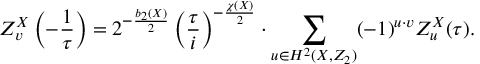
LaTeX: Z _ { v } ^ { X } \left( - \frac { 1 } { \tau } \right) = 2 ^ { - \frac { b _ { 2 } ( X ) } { 2 } } \left( \frac { \tau } { i } \right) ^ { - \frac { \chi ( X ) } { 2 } } \cdot \sum _ { u \in H ^ { 2 } ( X , Z _ { 2 } ) } ( - 1 ) ^ { u \cdot v } Z _ { u } ^ { X } ( \tau ) .